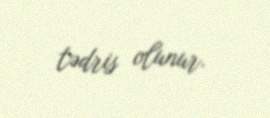
tədris olunur.